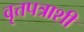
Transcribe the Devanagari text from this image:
वृत्तपत्राशी